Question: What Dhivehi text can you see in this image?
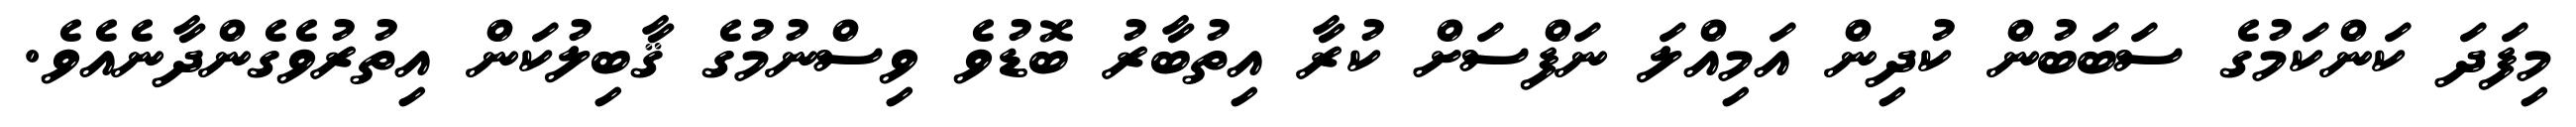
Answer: މިފަދަ ކަންކަމުގެ ސަބަބުން ކުދިން އަމިއްލަ ނަފްސަށް ކުރާ އިތުބާރު ބޮޑުވެ ވިސްނުމުގެ ޤާބިލުކަން އިތުރުވެގެންދާނެއެވެ.